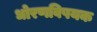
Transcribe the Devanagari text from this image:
धोरणविषयक